Civil Veterinary Department Bengal reports 1933-51 - 1933-1951
Year: 1933
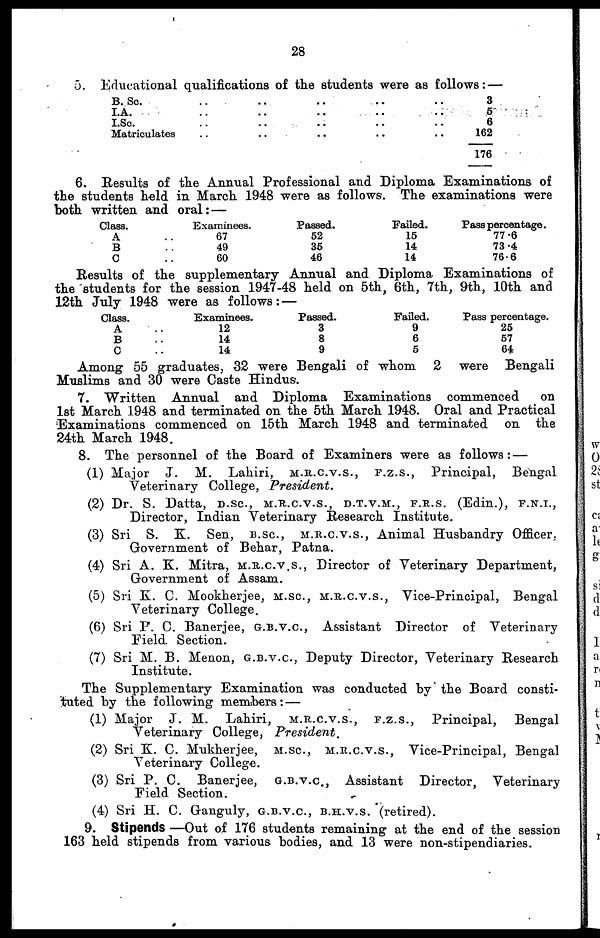
28
5. Educational qualifications of the students were as follows :—
B. Sc. .. .. .. .. ..
I.A. .. .. .. .. ..
I.Sc. .. .. .. .. ..
Matriculates .. .. .. .. ..
3
5
6
162
176
6. Results of the Annual Professional and Diploma Examinations of
the students held in March 1948 were as follows. The examinations were
both written and oral :—
Class.
A
B
C
Examinees.
.. 67
.. 49
.. 60
Passed.
52
35
46
Failed.
15
14
14
Pass percentage.
77.6
73.4
76.6
Results of the supplementary Annual and Diploma Examinations of
the students for the session 1947-48 held on 5th, 6th, 7th, 9th, 10th and
12th July 1948 were as follows :—
Class.
A ..
B ..
C ..
Examinees.
12
14
14
Passed.
3
8
9
Failed.
9
6
5
Pass percentage.
25
57
64
Among 55 graduates, 32 were Bengali of whom 2 were Bengali
Muslims and 30 were Caste Hindus.
7. Written Annual and Diploma Examinations commenced
on
1st March 1948 and terminated on the 5th March 1948. Oral and Practical
Examinations commenced on 15th March 1948 and terminated on the
24th March 1948.
8. The personnel of the Board of Examiners were as follows :—
(1) Major J. M. Lahiri,
M.R.C.V.S.,
F.Z.S.,
Principal, Bengal
Veterinary College,
President.
(2) Dr. S. Datta, D.SC., M.R.C.V.S., D.T.V.M., F.R.S. (Edin.), F.N.I.,
Director, Indian Veterinary Research Institute.
(3) Sri S. K. Sen, B.SC., M.R.C.V.S., Animal Husbandry Officer,
Government of Behar, Patna.
(4) Sri A. K. Mitra, M.R.C.V.S., Director of Veterinary Department,
Government of Assam.
(5) Sri K. C. Mookherjee, M.SC., M.R.C.V.S., Vice-Principal, Bengal
Veterinary College.
(6) Sri P. C. Banerjee, G.B.V.C., Assistant Director of Veterinary
Field. Section.
(7) Sri M. B. Menon, G.B.V.C., Deputy Director, Veterinary Research
Institute.
The Supplementary Examination was conducted by the Board consti-
tuted by the following members :—
(1) Major J. M. Lahiri,
M.R.C.V.S.,
F.Z.S.,
Principal,
Bengal
Veterinary College, President.
(2) Sri K. C. Mukherjee, M.SC., M.R.C.V.S., Vice-Principal, Bengal
Veterinary College.
(3) Sri P. C. Banerjee, G.B.V.C., Assistant Director, Veterinary
Field Section.
(4) Sri H. C. Ganguly, G.B.V.C., B.H.V.S. (retired).
9. Stipends —Out of 176 students remaining at the end of the session
163 held stipends from various bodies, and 13 were non-stipendiaries.